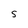
Character: 5